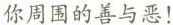
你周围的善与恶！